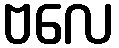
ဗလေ